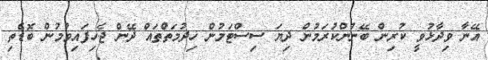
އޭނާ ވިދާޅުވީ ކުރިން ބޭނުންކުރަމުން ދިޔަ ސިސްޓަމުން ހިދުމަތްތައް ދޭން ޖެހިފައިވުމުން ބޮޑެތި